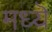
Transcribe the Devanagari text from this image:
मध्यॆ